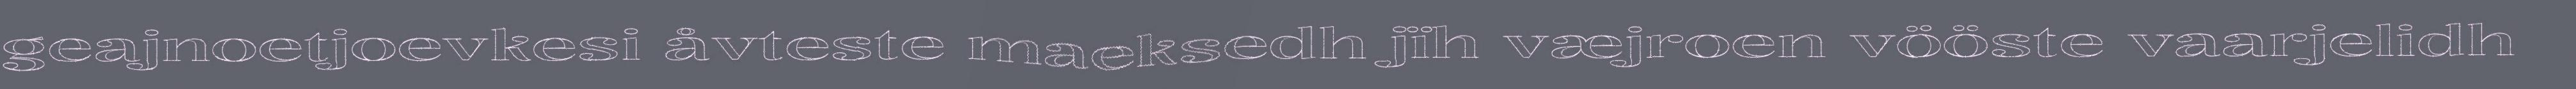
geajnoetjoevkesi åvteste maeksedh jïh væjroen vööste vaarjelidh